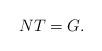
LaTeX: \begin{align*} NT = G. \end{align*}